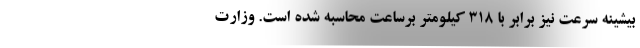
بیشینه سرعت نیز برابر با 318 کیلومتر برساعت محاسبه شده است. وزارت